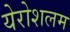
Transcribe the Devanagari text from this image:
येरोशलम